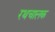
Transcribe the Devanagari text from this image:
रथचालक